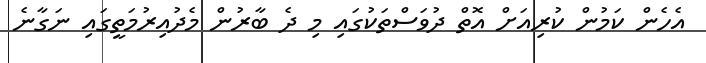
އެހެން ކަމުން ކުރިއަށް އޮތް ދުވަސްތަކުގައި މި ދެ ބާރުން މެދުއިރުމަތީގައި ނަގާނެ